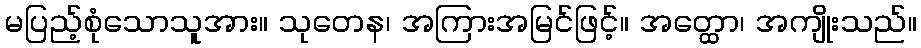
မပြည့်စုံသောသူအား။ သုတေန၊ အကြားအမြင်ဖြင့်။ အတ္ထော၊ အကျိုးသည်။